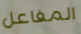
المفاعل